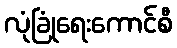
လုံခြုံရေးကောင်စီ